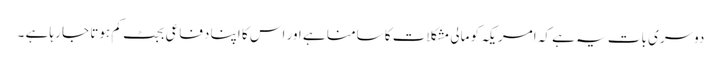
دوسری بات یہ ہے کہ امریکہ کو مالی مشکلات کا سامنا ہے اور اس کا اپنا دفاعی بجٹ کم ہوتا جا رہا ہے ۔